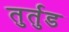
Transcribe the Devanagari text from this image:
तुर्तुड